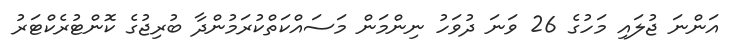
އަންނަ ޖުލައި މަހުގެ 26 ވަނަ ދުވަހު ނިންމަން މަސައްކަތްކުރަމުންދާ ބުރިޖުގެ ކޮންޓުރެކްޓަރު